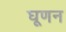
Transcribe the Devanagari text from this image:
घूणन